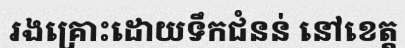
រងគ្រោះដោយទឹកជំនន់ នៅខេត្ត